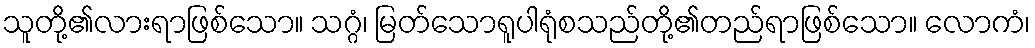
သူတို့၏လားရာဖြစ်သော။ သဂ္ဂံ၊ မြတ်သောရူပါရုံစသည်တို့၏တည်ရာဖြစ်သော။ လောကံ၊